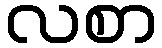
လစာ